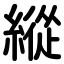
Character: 縱